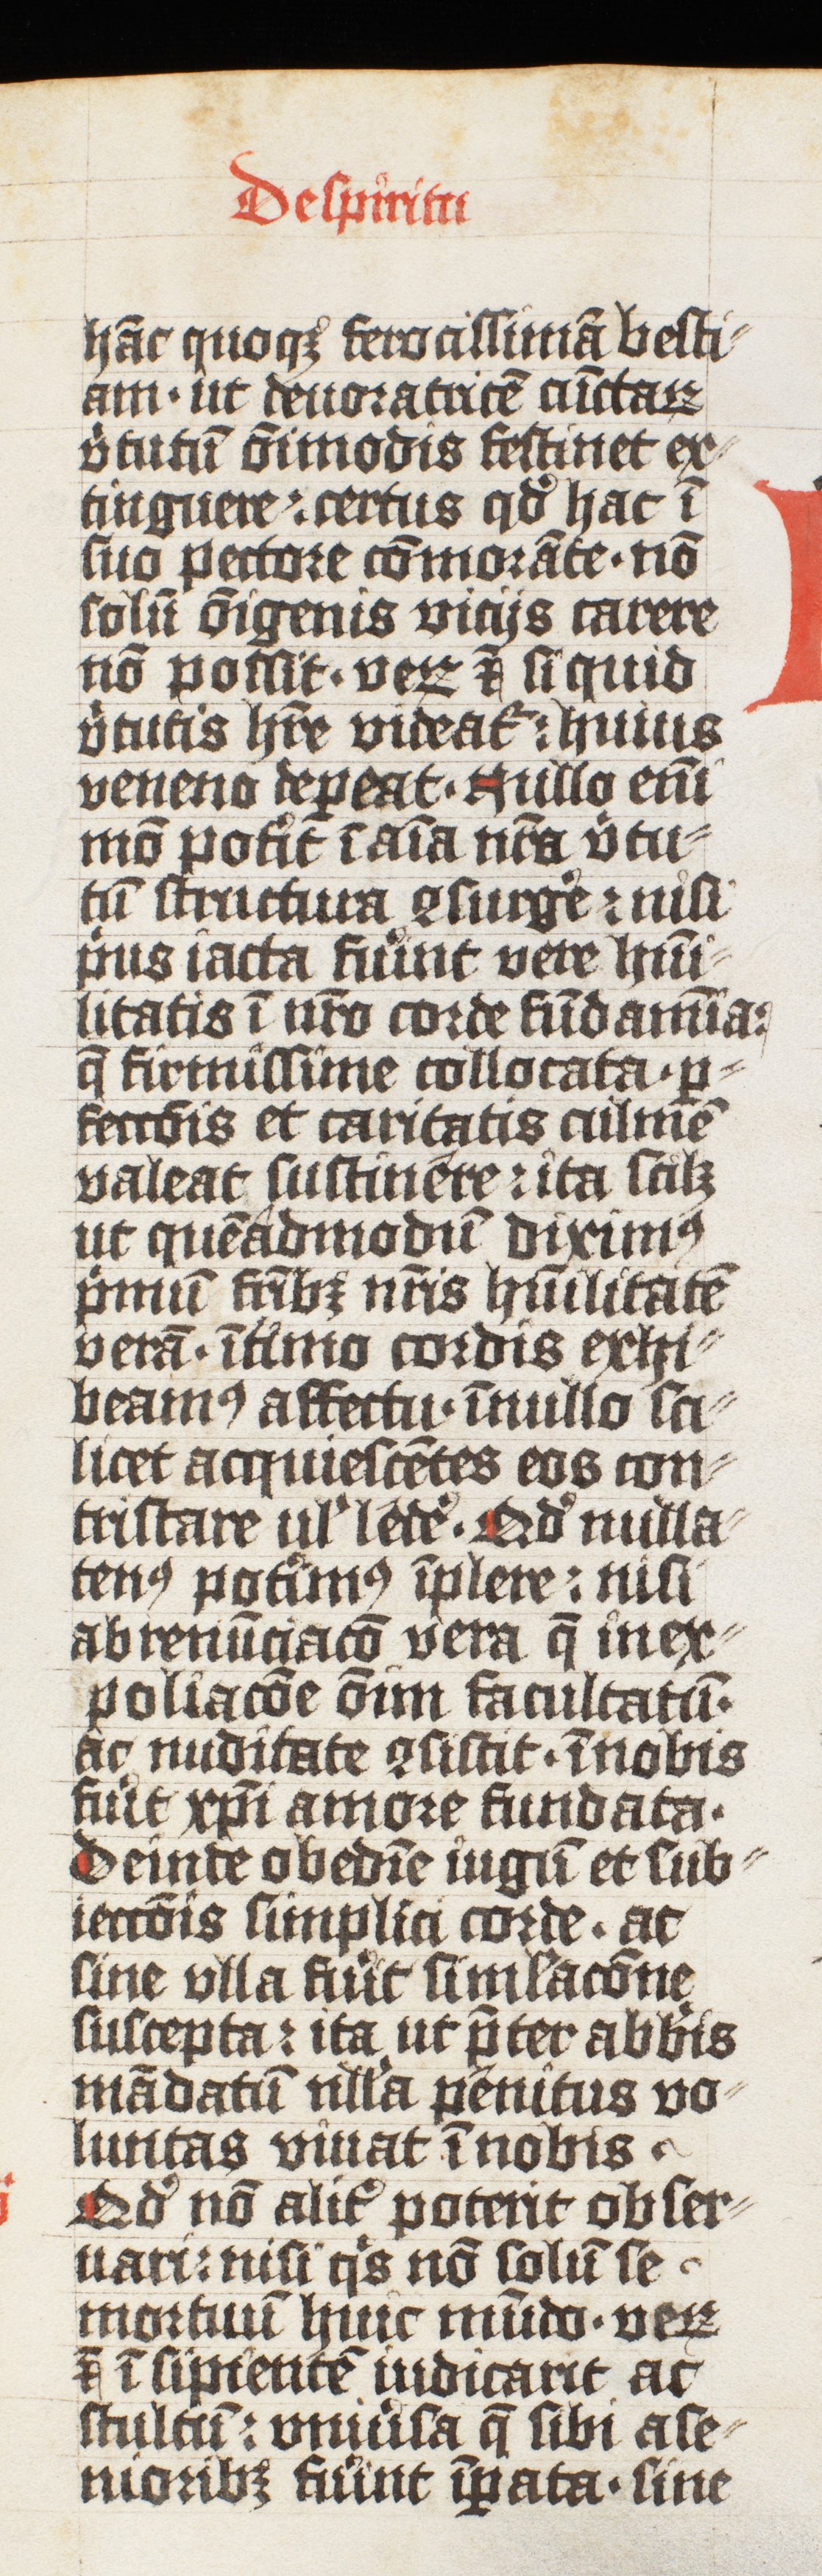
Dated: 1425–1425